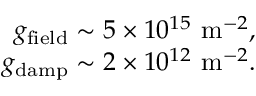
\begin{array} { r } { g _ { \mathrm { f i e l d } } \sim 5 \times 1 0 ^ { 1 5 } \ \mathrm { m } ^ { - 2 } , } \\ { g _ { \mathrm { d a m p } } \sim 2 \times 1 0 ^ { 1 2 } \ \mathrm { m } ^ { - 2 } . } \end{array}